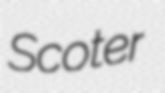
Scoter